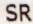
SR